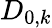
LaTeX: D_{0,k}